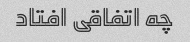
چه اتفاقی افتاد